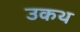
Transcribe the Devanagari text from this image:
उकथ